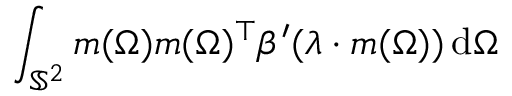
\int _ { \mathbb { S } ^ { 2 } } \boldsymbol { m } ( \Omega ) \boldsymbol { m } ( \Omega ) ^ { \top } \beta ^ { \prime } ( \boldsymbol { \lambda } \cdot \boldsymbol { m } ( \Omega ) ) \, \mathrm { d } \Omega